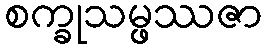
စက္ခုသမ္ဖဿဇာ